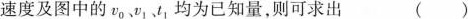
速度及图中的v_{0}、v_{1}、t_{1}均为已知量，则可求出 ()